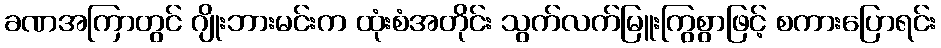
ခဏအကြာတွင် ဂျိုးဘားမင်းက ထုံးစံအတိုင်း သွက်လက်မြူးကြွစွာဖြင့် စကားပြောရင်း